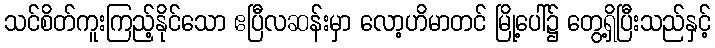
သင်စိတ်ကူးကြည့်နိုင်သော ဧပြီလဆန်းမှာ လော့ဟိမာတင် မြို့ပေါ်၌ တွေ့ရှိပြီးသည်နှင့်